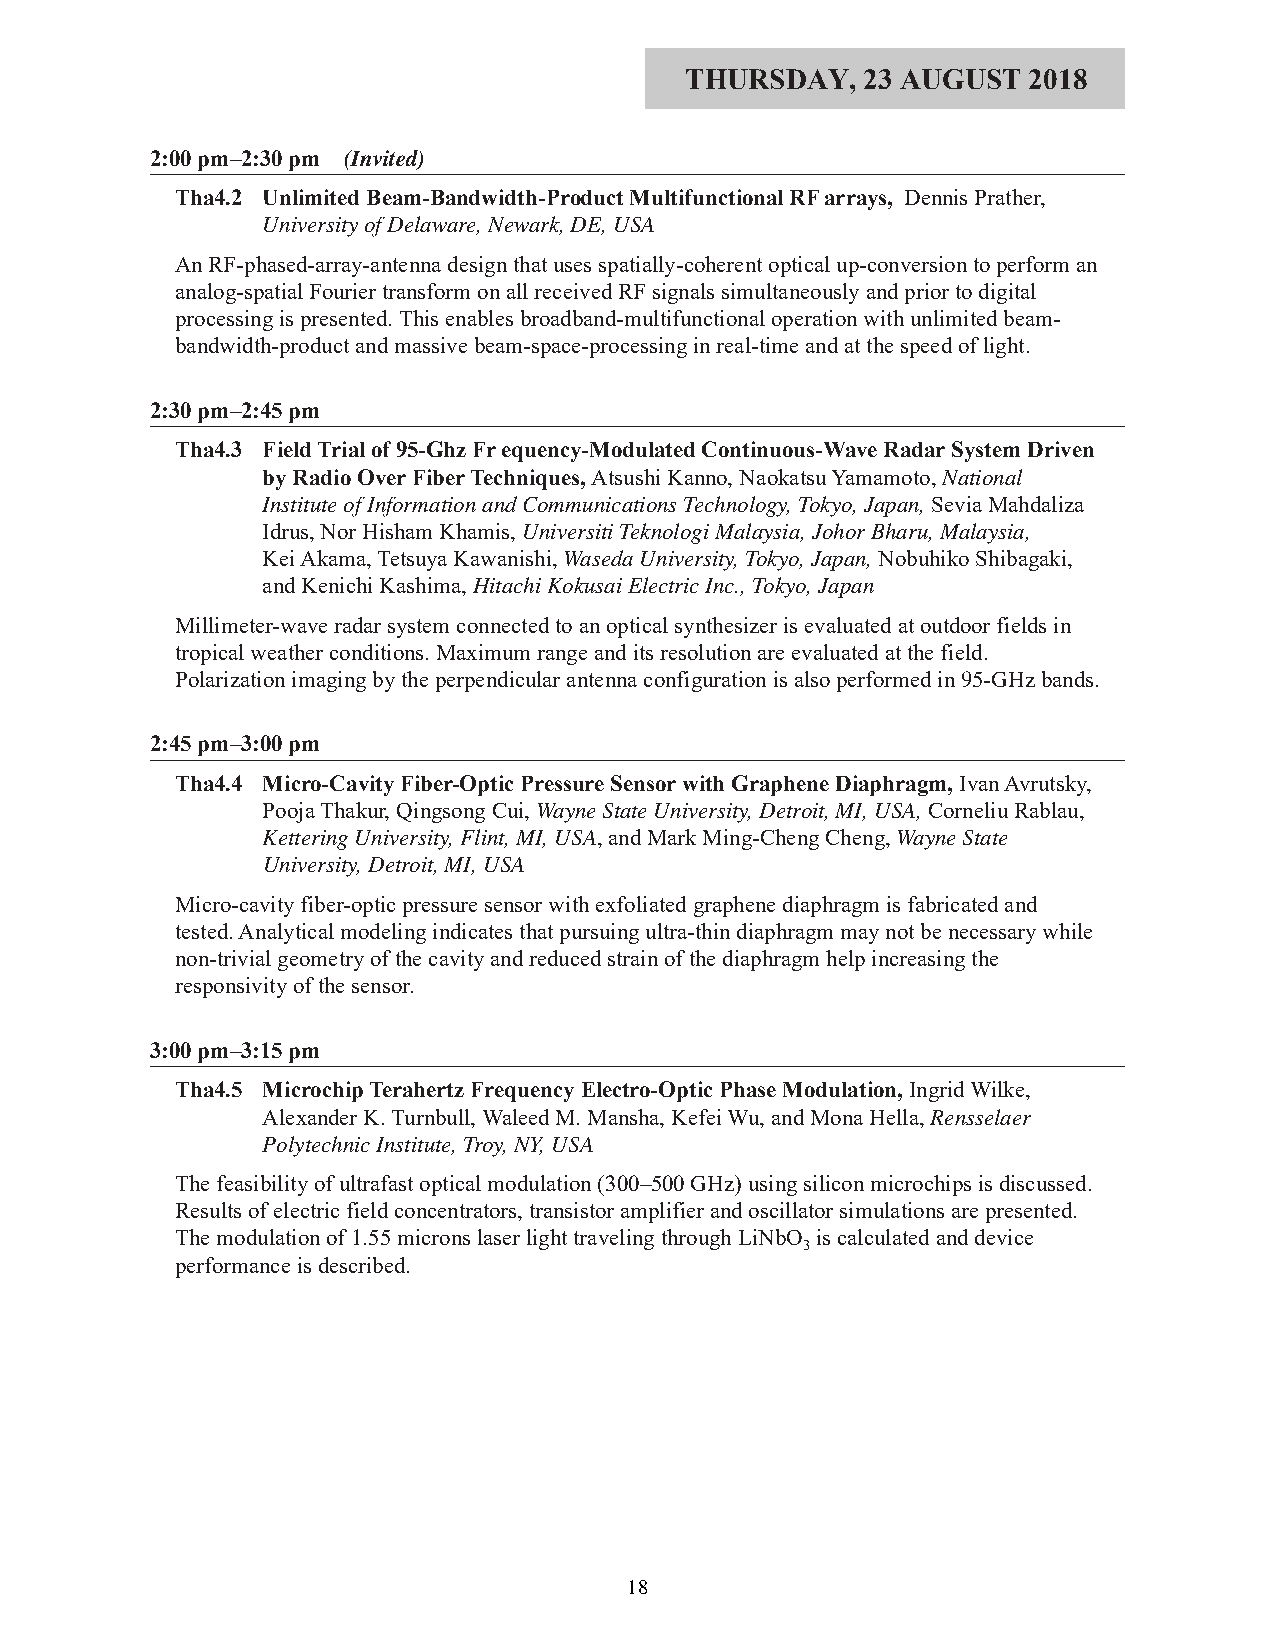
THURSDAY,   23 AUGUST  2018
 2:00 pm–2:30 pm (Invited)
 Tha4.2 Unlimited Beam-Bandwidth-Product Multifunctional RF arrays, Dennis Prather,
 University of Delaware, Newark, DE, USA
 An RF-phased-array-antenna design that uses spatially-coherent optical up-conversion to perform an
 analog-spatial Fourier transform on all received RF signals simultaneously and prior to digital
 processing is presented. This enables broadband-multifunctional operation with unlimited beam-
 bandwidth-product and massive beam-space-processing in real-time and at the speed of light.
 2:30 pm–2:45 pm
 Tha4.3 Field Trial of 95-Ghz Frequency-Modulated Continuous-Wave Radar System Driven
 by Radio Over Fiber Techniques, Atsushi Kanno, Naokatsu Yamamoto, National
 Institute of Information and Communications Technology, Tokyo, Japan, Sevia Mahdaliza
 Idrus, Nor Hisham Khamis, Universiti Teknologi Malaysia, Johor Bharu, Malaysia,
 Kei Akama, Tetsuya Kawanishi, Waseda University, Tokyo, Japan, Nobuhiko Shibagaki,
 and Kenichi Kashima, Hitachi Kokusai Electric Inc., Tokyo, Japan
 Millimeter-wave radar system connected to an optical synthesizer is evaluated at outdoor fields in
 tropical weather conditions. Maximum range and its resolution are evaluated at the field.
 Polarization imaging by the perpendicular antenna configuration is also performed in 95-GHz bands.
 2:45 pm–3:00 pm
 Tha4.4 Micro-Cavity Fiber-Optic Pressure Sensor with Graphene Diaphragm, Ivan Avrutsky,
 Pooja Thakur, Qingsong Cui, Wayne State University, Detroit, MI, USA, Corneliu Rablau,
 Kettering University, Flint, MI, USA, and Mark Ming-Cheng Cheng, Wayne State
 University, Detroit, MI, USA
 Micro-cavity fiber-optic pressure sensor with exfoliated graphene diaphragm is fabricated and
 tested. Analytical modeling indicates that pursuing ultra-thin diaphragm may not be necessary while
 non-trivial geometry of the cavity and reduced strain of the diaphragm help increasing the
 responsivity of the sensor.
 3:00 pm–3:15 pm
 Tha4.5 Microchip Terahertz Frequency Electro-Optic Phase Modulation, Ingrid Wilke,
 Alexander K. Turnbull, Waleed M. Mansha, Kefei Wu, and Mona Hella, Rensselaer
 Polytechnic Institute, Troy, NY, USA
 The feasibility of ultrafast optical modulation (300–500 GHz) using silicon microchips is discussed.
 Results of electric field concentrators, transistor amplifier and oscillator simulations are presented.
 The modulation of 1.55 microns laser light traveling through LiNbO is calculated and device
 3
 performance is described.
 18